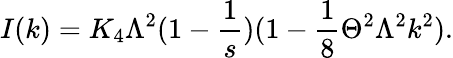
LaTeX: I(k)=K_{4}\Lambda^{2}(1-\frac{1}{s})(1-\frac{1}{8}\Theta^{2}\Lambda^{2}k^{2}).